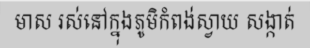
មាស រស់នៅក្នុងភូមិកំពង់ស្វាយ សង្កាត់